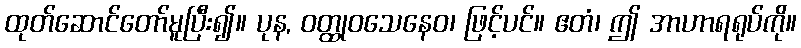
ထုတ်ဆောင်တော်မူပြီး၍။ ပုန, ဝတ္ထုဝသေနေဝ၊ ဖြင့်ပင်။ ဧတံ၊ ဤ အာဟာရရုပ်ကို။